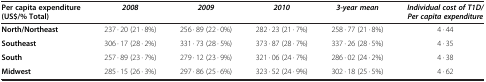
| Per capita expenditure (US$/% Total) | 2008 | 2009 | 2010 | 3-year mean | Individual cost of T1D/Per capita expenditure |
 | --- | --- | --- | --- | --- | --- |
 | North/Northeast | 237 · 20 (21 · 8%) | 256 · 89 (22 · 0%) | 282 · 23 (21 · 7%) | 258 · 77 (21 · 8%) | 4 · 44 |
 | Southeast | 306 · 17 (28 · 2%) | 331 · 73 (28 · 5%) | 373 · 87 (28 · 7%) | 337 · 26 (28 · 5%) | 4 · 35 |
 | South | 257 · 89 (23 · 7%) | 279 · 12 (23 · 9%) | 321 · 06 (24 · 7%) | 286 · 02 (24 · 2%) | 4 · 38 |
 | Midwest | 285 · 15 (26 · 3%) | 297 · 86 (25 · 6%) | 323 · 52 (24 · 9%) | 302 · 18 (25 · 5%) | 4 · 62 |